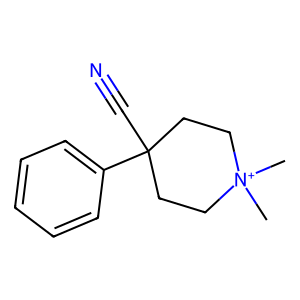
SMILES: C[N+]1(C)CCC(C#N)(c2ccccc2)CC1
Inhibits HIV replication: No